NAE_EAA_P-553_Koit_kolhoos, lk 4
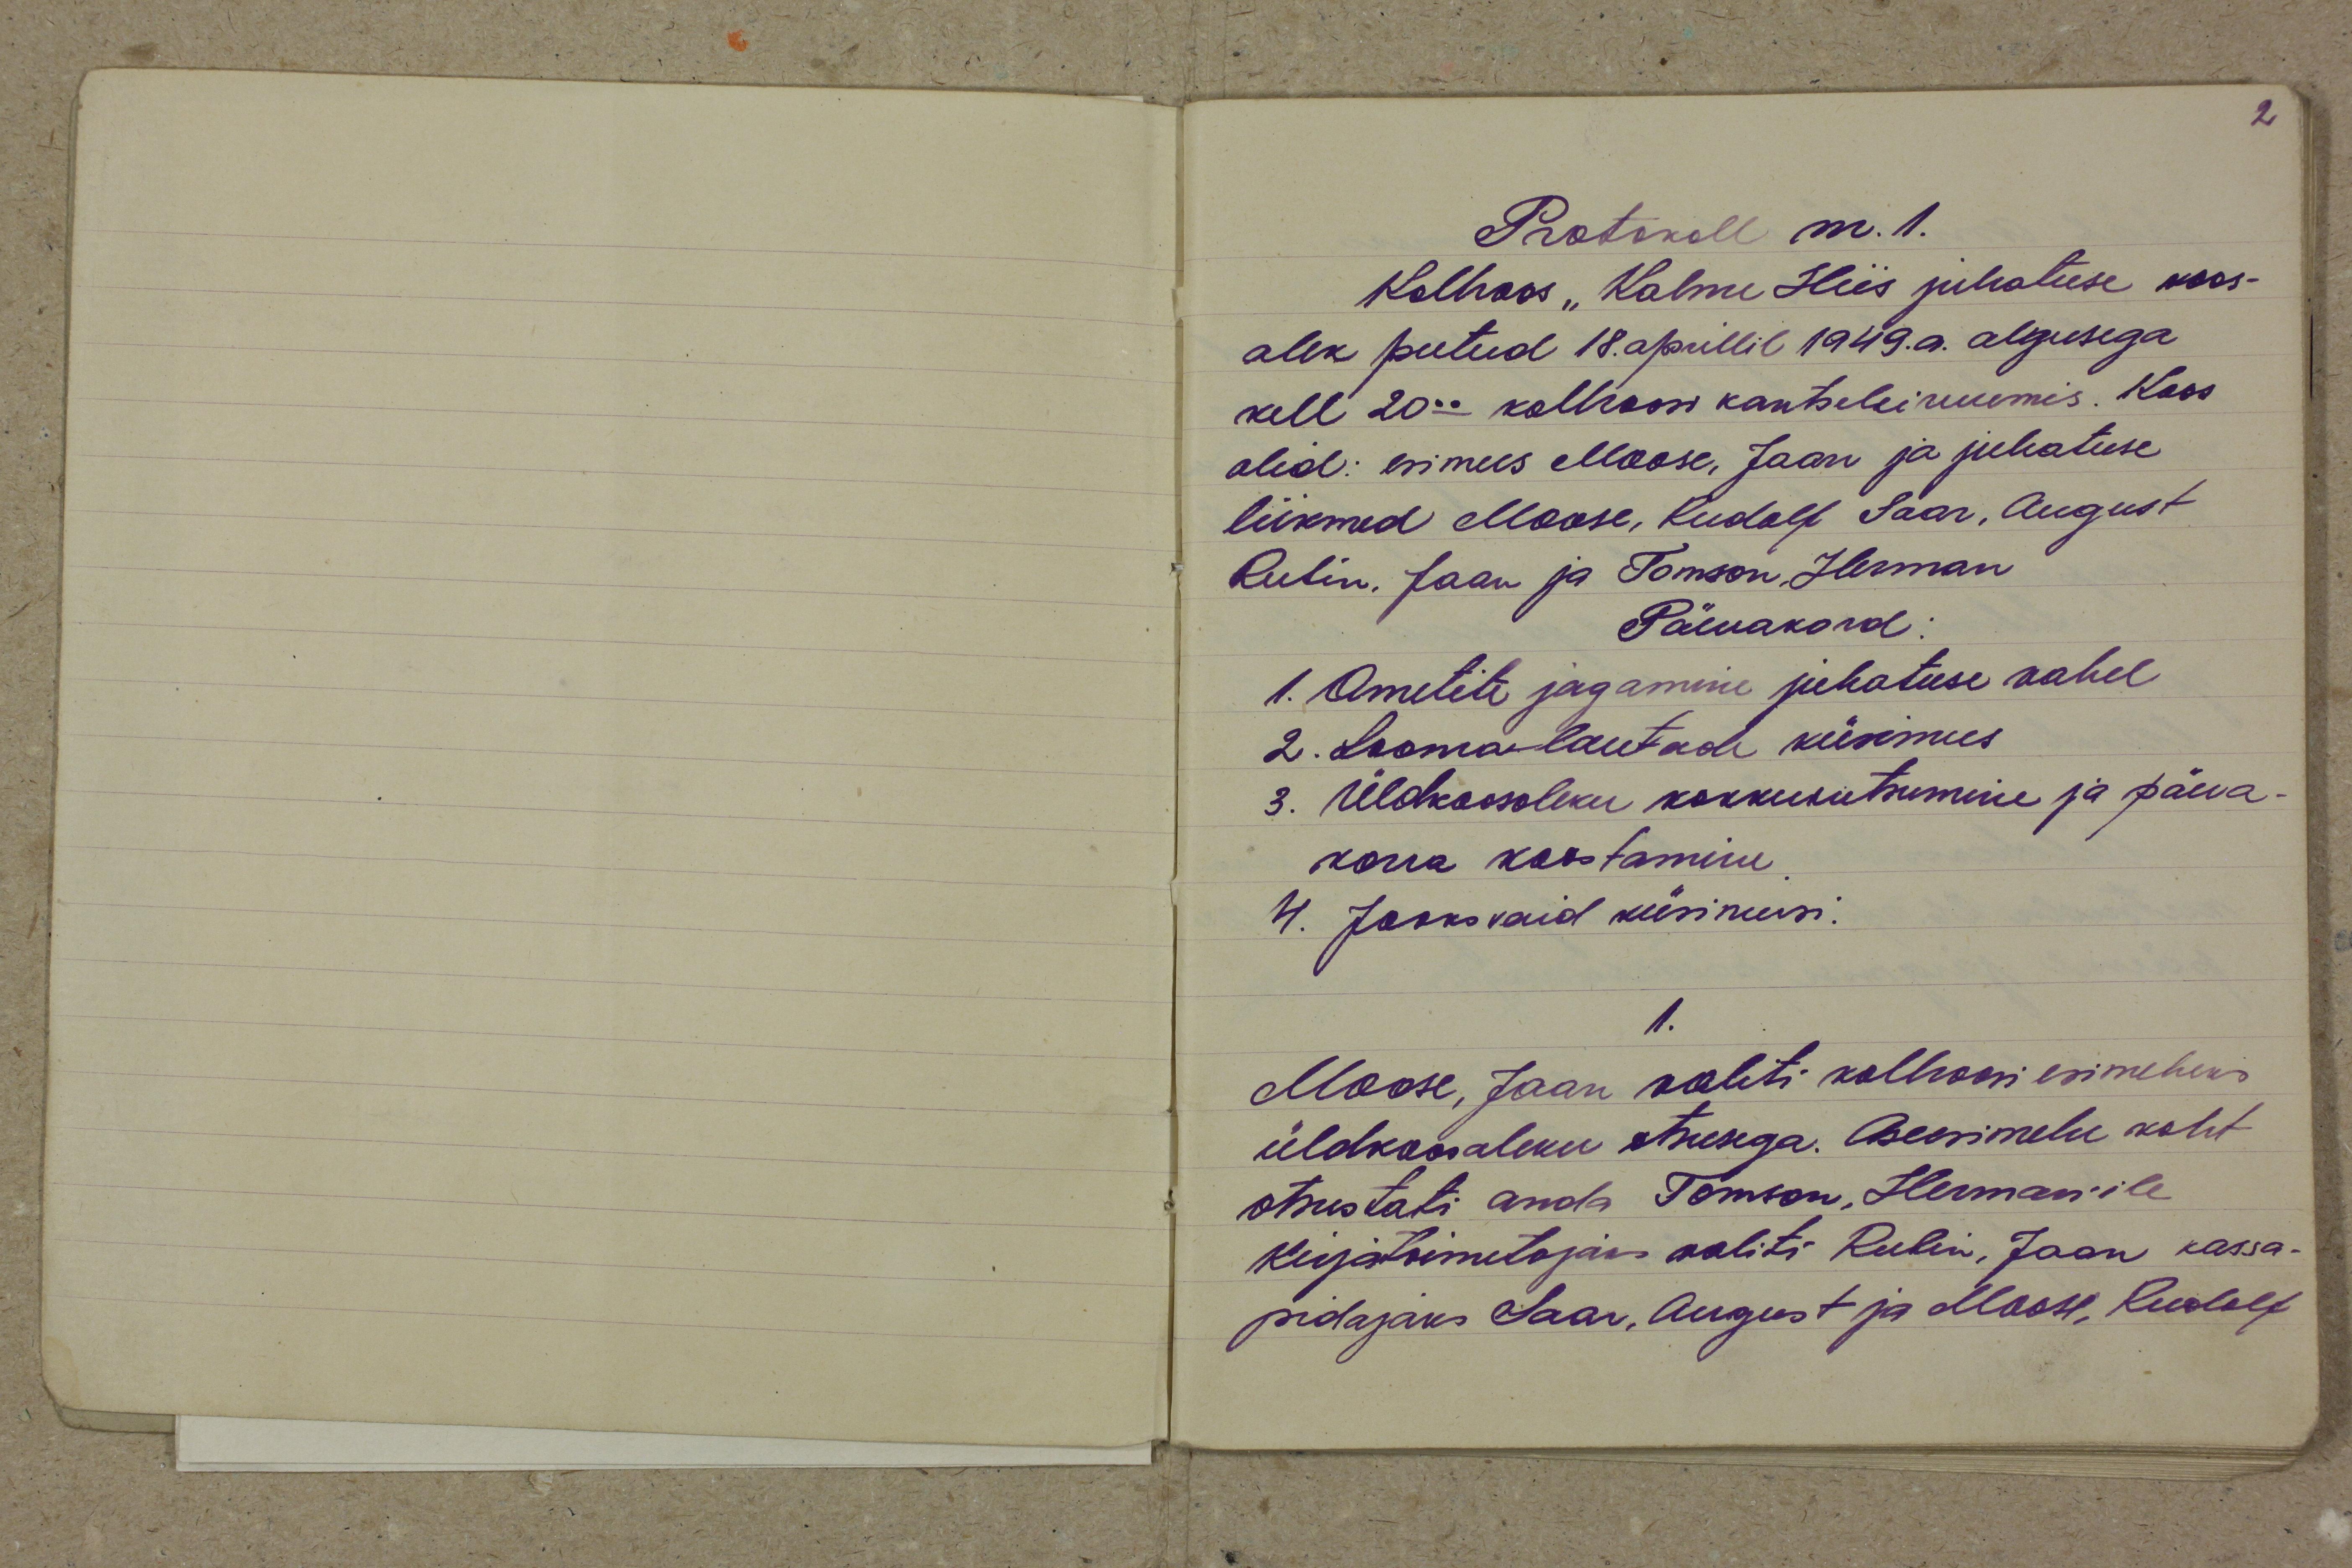
Protokoll nr. 1.
Kolhoos "Kalme Hiis juhatuse koos-
olek peetud 18.aprillil 1949. a. algusega
kell 20.00 kolhoosi kantseleiruumis. Koos
olid: esimees Moose, Jaan ja juhatuse
liikmed Moose, Rudolf Saar, August
Rubin, Jaan ja Tomson, Herman
Päevakord:
1. Ametite jagamine juhatuse vahel
2. Looma lautade küsimus
3. Üldkoosoleku kokkukutsumine ja päeva-
korra koostamine
4. Jooksvaid küsimusi:
1.
Moose, Jaan valiti kolhoosi esimeheks
üldkoosoleku otsusega. Aseesimehe koht
otsustati and Tomson, Herman'ile
kirjatoimetajaks valiti Rubin, Jaan kassa-
pidajaks Saar, August ja Moose, Rudolf